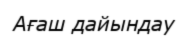
Ағаш дайындау